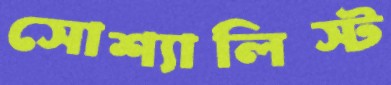
সোশ্যালিস্ট